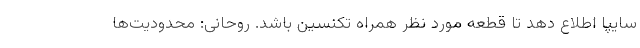
سایپا اطلاع دهد تا قطعه مورد نظر همراه تکنسین باشد. روحانی: محدودیت‌ها